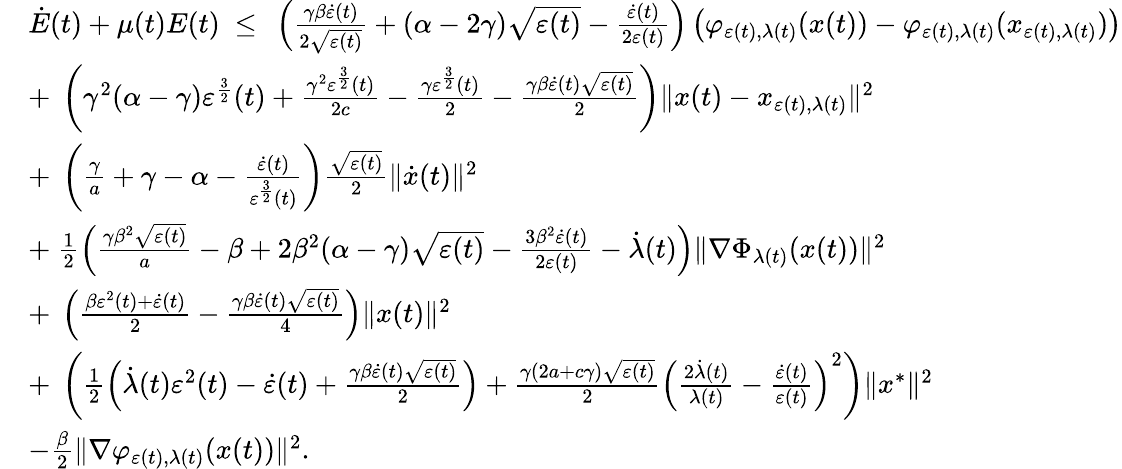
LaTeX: \begin{array}{rl}&{\dot{E}(t)+\mu(t)E(t)\ \leq\ \left(\frac{\gamma\beta\dot{\varepsilon}(t)}{2\sqrt{\varepsilon(t)}}+(\alpha-2\gamma)\sqrt{\varepsilon(t)}-\frac{\dot{\varepsilon}(t)}{2\varepsilon(t)}\right)\left(\varphi_{\varepsilon(t),\lambda(t)}(x(t))-\varphi_{\varepsilon(t),\lambda(t)}(x_{\varepsilon(t),\lambda(t)})\right)}\\ &{+\ \left(\gamma^{2}(\alpha-\gamma)\varepsilon^{\frac{3}{2}}(t)+\frac{\gamma^{2}\varepsilon^{\frac{3}{2}}(t)}{2c}-\frac{\gamma\varepsilon^{\frac{3}{2}}(t)}{2}-\frac{\gamma\beta\dot{\varepsilon}(t)\sqrt{\varepsilon(t)}}{2}\right)\| x(t)-x_{\varepsilon(t),\lambda(t)}\| ^{2}}\\ &{+\ \left(\frac{\gamma}{a}+\gamma-\alpha-\frac{\dot{\varepsilon}(t)}{\varepsilon^{\frac{3}{2}}(t)}\right)\frac{\sqrt{\varepsilon(t)}}{2}\| \dot{x}(t)\| ^{2}}\\ &{+\ \frac{1}{2}\left(\frac{\gamma\beta^{2}\sqrt{\varepsilon(t)}}{a}-\beta+2\beta^{2}(\alpha-\gamma)\sqrt{\varepsilon(t)}-\frac{3\beta^{2}\dot{\varepsilon}(t)}{2\varepsilon(t)}-\dot{\lambda}(t)\right)\| \nabla\Phi_{\lambda(t)}(x(t))\| ^{2}}\\ &{+\ \left(\frac{\beta\varepsilon^{2}(t)+\dot{\varepsilon}(t)}{2}-\frac{\gamma\beta\dot{\varepsilon}(t)\sqrt{\varepsilon(t)}}{4}\right)\| x(t)\| ^{2}}\\ &{+\ \left(\frac{1}{2}\left(\dot{\lambda}(t)\varepsilon^{2}(t)-\dot{\varepsilon}(t)+\frac{\gamma\beta\dot{\varepsilon}(t)\sqrt{\varepsilon(t)}}{2}\right)+\frac{\gamma(2a+c\gamma)\sqrt{\varepsilon(t)}}{2}\left(\frac{2\dot{\lambda}(t)}{\lambda(t)}-\frac{\dot{\varepsilon}(t)}{\varepsilon(t)}\right)^{2}\right)\| x^{*}\| ^{2}}\\ &{-\frac{\beta}{2}\| \nabla\varphi_{\varepsilon(t),\lambda(t)}(x(t))\| ^{2}.}\end{array}